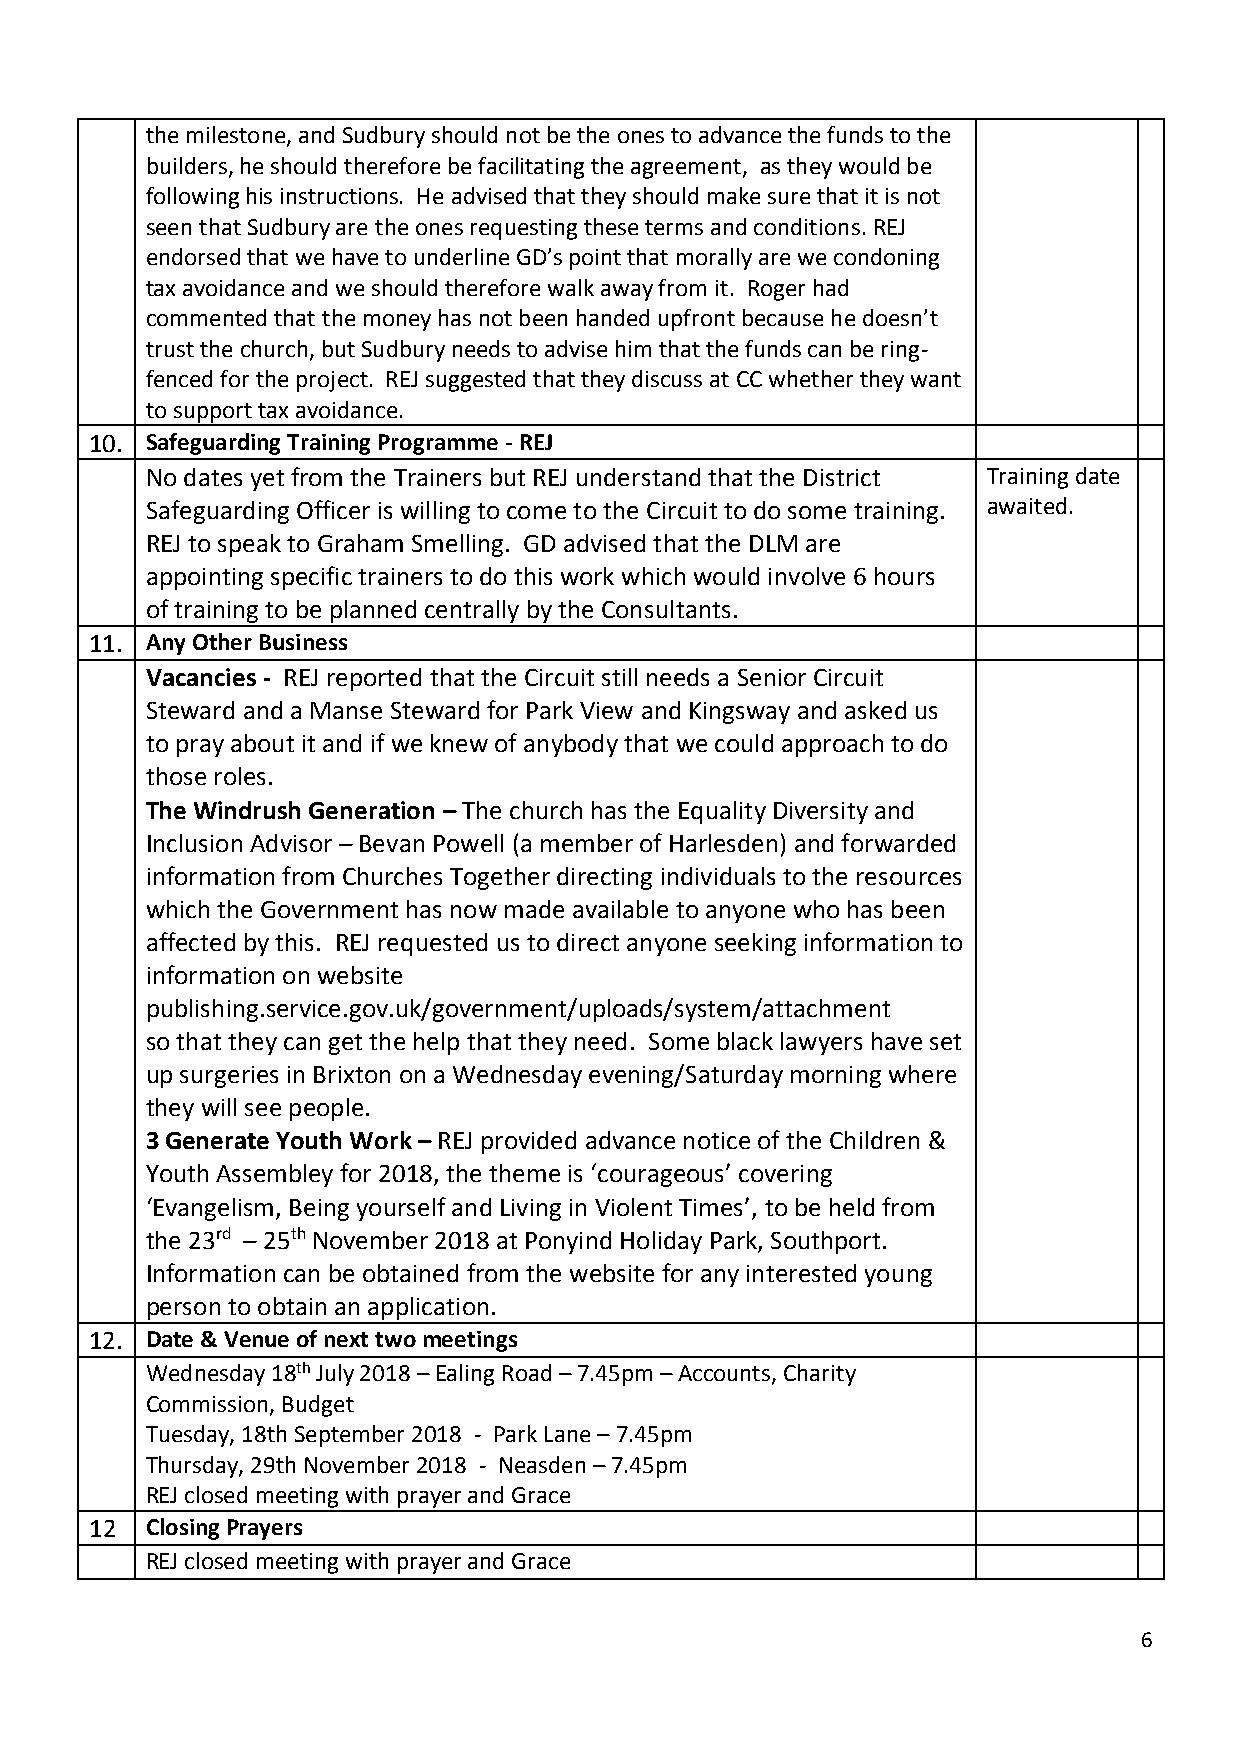
the milestone, and Sudbury should not be the ones to advance the funds to the
 builders, he should therefore be facilitating the agreement, as they would be
 following his instructions. He advised that they should make sure that it is not
 seen that Sudbury are the ones requesting these terms and conditions. REJ
 endorsed that we have to underline GD’s point that morally are we condoning
 tax avoidance and we should therefore walk away from it. Roger had
 commented that the money has not been handed upfront because he doesn’t
 trust the church, but Sudbury needs to advise him that the funds can be ring-
 fenced for the project. REJ suggested that they discuss at CC whether they want
 to support tax avoidance.
 10. Safeguarding Training Programme - REJ
 No dates yet from the Trainers but REJ understand that the District Training date
 Safeguarding Officer is willing to come to the Circuit to do some training. awaited.
 REJ to speak to Graham Smelling. GD advised that the DLM are
 appointing specific trainers to do this work which would involve 6 hours
 of training to be planned centrally by the Consultants.
 11. Any Other Business
 Vacancies - REJ reported that the Circuit still needs a Senior Circuit
 Steward and a Manse Steward for Park View and Kingsway and asked us
 to pray about it and if we knew of anybody that we could approach to do
 those roles.
 The Windrush Generation – The church has the Equality Diversity and
 Inclusion Advisor – Bevan Powell (a member of Harlesden) and forwarded
 information from Churches Together directing individuals to the resources
 which the Government has now made available to anyone who has been
 affected by this. REJ requested us to direct anyone seeking information to
 information on website
 publishing.service.gov.uk/government/uploads/system/attachment
 so that they can get the help that they need. Some black lawyers have set
 up surgeries in Brixton on a Wednesday evening/Saturday morning where
 they will see people.
 3 Generate Youth Work – REJ provided advance notice of the Children &
 Youth Assembley for 2018, the theme is ‘courageous’ covering
 ‘Evangelism, Being yourself and Living in Violent Times’, to be held from
 the 23rd – 25th November 2018 at Ponyind Holiday Park, Southport.
 Information can be obtained from the website for any interested young
 person to obtain an application.
 12. Date & Venue of next two meetings
 Wednesday 18th July 2018 – Ealing Road – 7.45pm – Accounts, Charity
 Commission, Budget
 Tuesday, 18th September 2018 - Park Lane – 7.45pm
 Thursday, 29th November 2018 - Neasden – 7.45pm
 REJ closed meeting with prayer and Grace
 12  Closing Prayers
 REJ closed meeting with prayer and Grace
 6